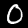
Label: 0